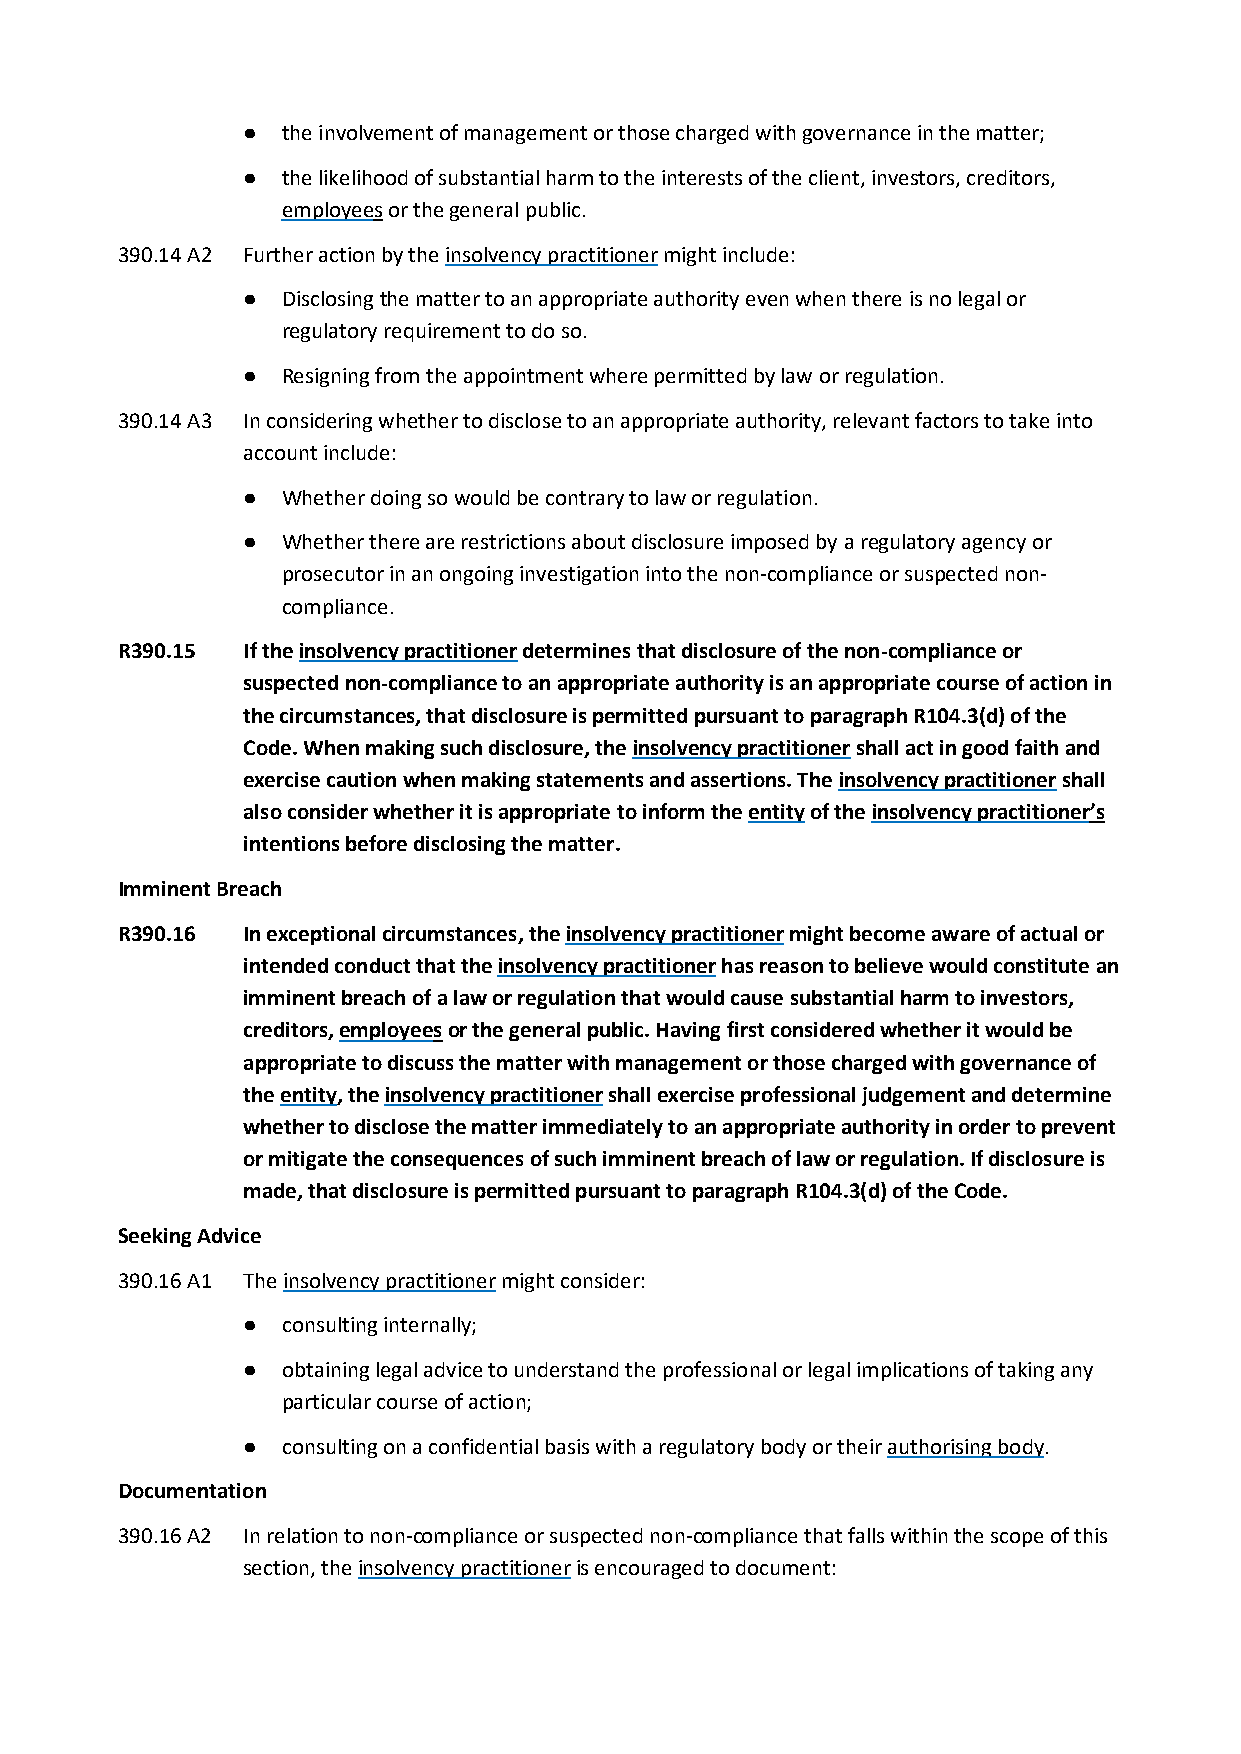
●  the involvement of management or those charged with governance in the matter;
 ●  the likelihood of substantial harm to the interests of the client, investors, creditors,
 employees or the general public.
 390.14 A2 Further action by the insolvency practitioner might include:
 ●  Disclosing the matter to an appropriate authority even when there is no legal or
 regulatory requirement to do so.
 ●  Resigning from the appointment where permitted by law or regulation.
 390.14 A3 In considering whether to disclose to an appropriate authority, relevant factors to take into
 account include:
 ●  Whether doing so would be contrary to law or regulation.
 ●  Whether there are restrictions about disclosure imposed by a regulatory agency or
 prosecutor in an ongoing investigation into the non-compliance or suspected non-
 compliance.
 R390.15 If the insolvency practitioner determines that disclosure of the non-compliance or
 suspected non-compliance to an appropriate authority is an appropriate course of action in
 the circumstances, that disclosure is permitted pursuant to paragraph R104.3(d) of the
 Code. When making such disclosure, the insolvency practitioner shall act in good faith and
 exercise caution when making statements and assertions. The insolvency practitioner shall
 also consider whether it is appropriate to inform the entity of the insolvency practitioner’s
 intentions before disclosing the matter.
 Imminent Breach
 R390.16 In exceptional circumstances, the insolvency practitioner might become aware of actual or
 intended conduct that the insolvency practitioner has reason to believe would constitute an
 imminent breach of a law or regulation that would cause substantial harm to investors,
 creditors, employees or the general public. Having first considered whether it would be
 appropriate to discuss the matter with management or those charged with governance of
 the entity, the insolvency practitioner shall exercise professional judgement and determine
 whether to disclose the matter immediately to an appropriate authority in order to prevent
 or mitigate the consequences of such imminent breach of law or regulation. If disclosure is
 made, that disclosure is permitted pursuant to paragraph R104.3(d) of the Code.
 Seeking Advice
 390.16 A1 The insolvency practitioner might consider:
 ●  consulting internally;
 ●  obtaining legal advice to understand the professional or legal implications of taking any
 particular course of action;
 ●  consulting on a confidential basis with a regulatory body or their authorising body.
 Documentation
 390.16 A2 In relation to non-compliance or suspected non-compliance that falls within the scope of this
 section, the insolvency practitioner is encouraged to document: